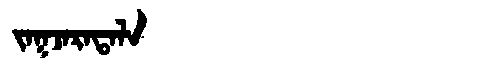
Manchu: ᠵᠠᡴᠵᠠᡵᠠᡨᠠᠯᠠ
Romanization: JAKJARATALA